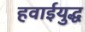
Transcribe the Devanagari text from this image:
हवाईयुद्ध